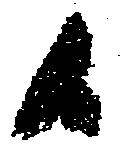
候